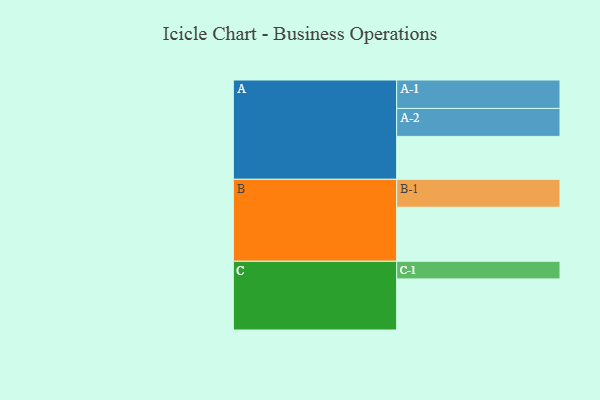
{"axis": {"x": "Segment", "y": "Value"}, "legend": ["", "A", "B", "C"], "data": [{"x": "A", "y": 421, "type": ""}, {"x": "B", "y": 530, "type": ""}, {"x": "C", "y": 501, "type": ""}, {"x": "A-1", "y": 279, "type": "A"}, {"x": "A-2", "y": 274, "type": "A"}, {"x": "B-1", "y": 274, "type": "B"}, {"x": "C-1", "y": 173, "type": "C"}]}